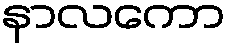
နာလကော